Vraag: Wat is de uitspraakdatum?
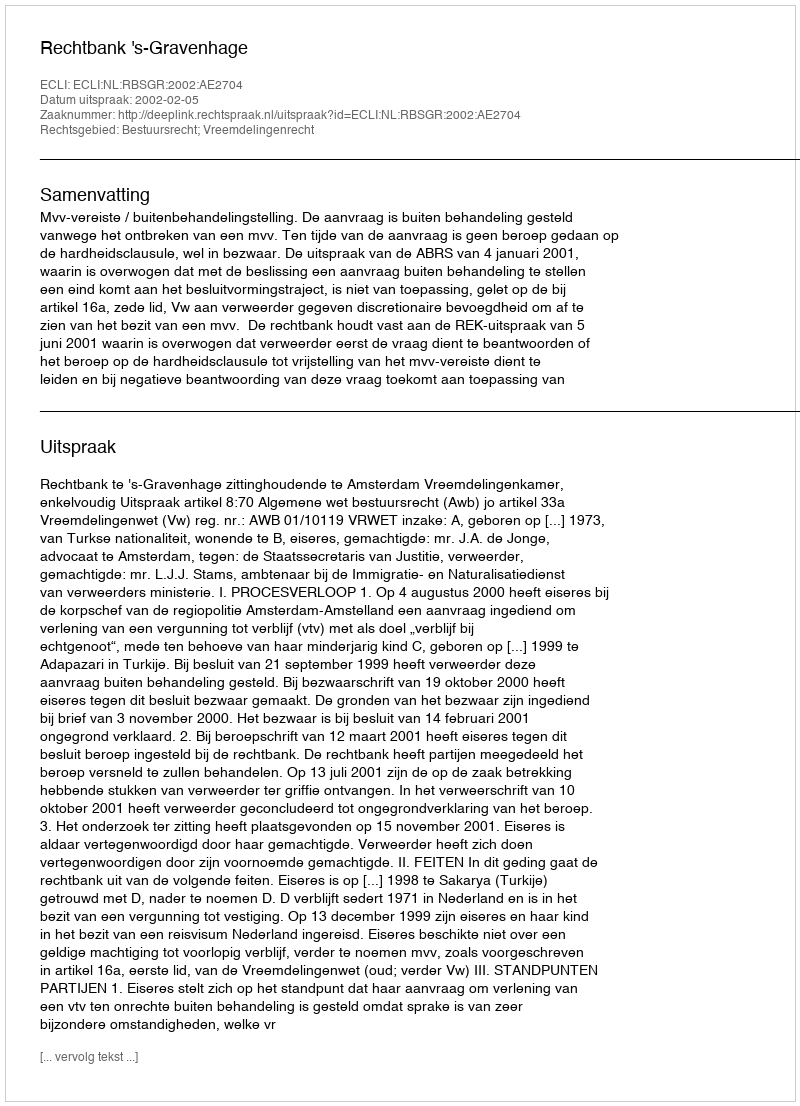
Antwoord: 2002-02-05